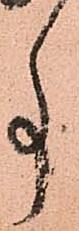
事